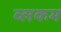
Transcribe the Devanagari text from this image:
व्लकम